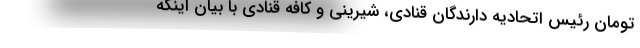
تومان رئیس اتحادیه دارندگان قنادی، شیرینی و کافه قنادی با بیان اینکه